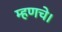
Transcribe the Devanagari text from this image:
म्हणचे।